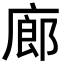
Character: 廊